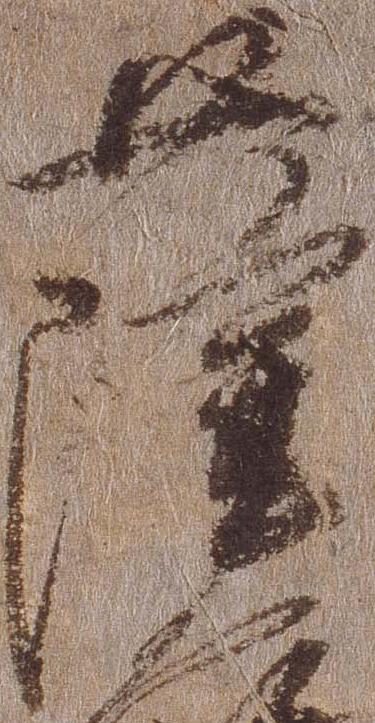
薩